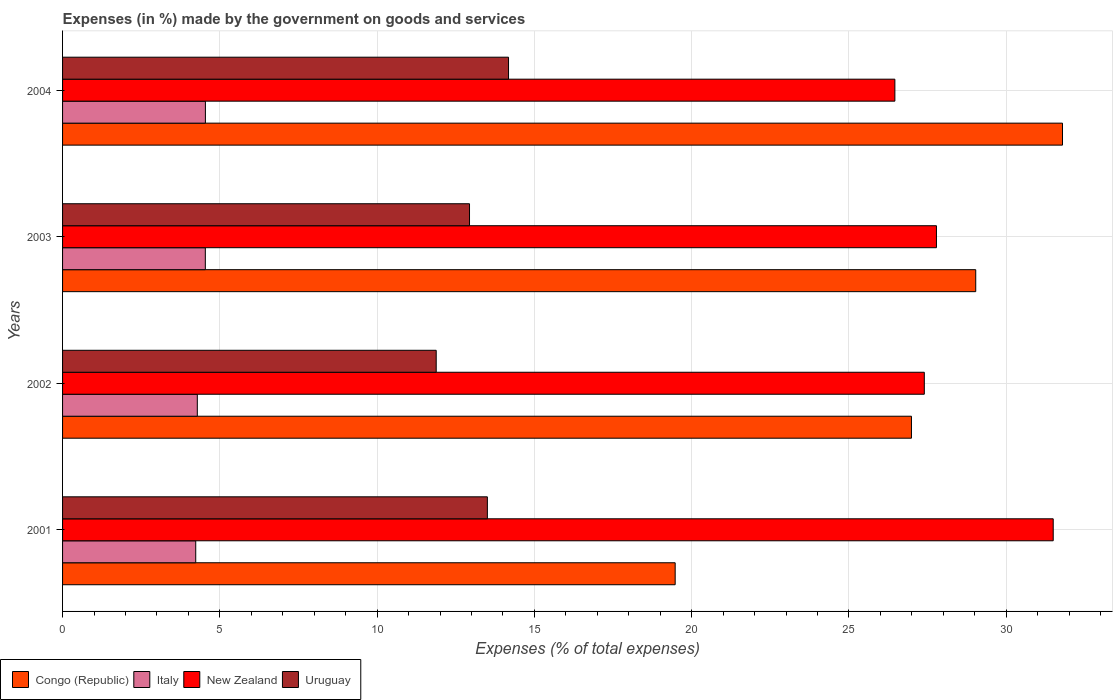
| Years | Congo (Republic) | Italy | New Zealand | Uruguay |
 | --- | --- | --- | --- | --- |
 | 2001 | 19.5 | 4.23 | 31.5 | 13.5 |
 | 2002 | 27 | 4.28 | 27.4 | 11.9 |
 | 2003 | 29 | 4.54 | 27.8 | 12.9 |
 | 2004 | 31.8 | 4.54 | 26.5 | 14.2 |